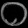
Digit: ၀